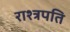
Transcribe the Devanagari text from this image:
राश्त्रपति